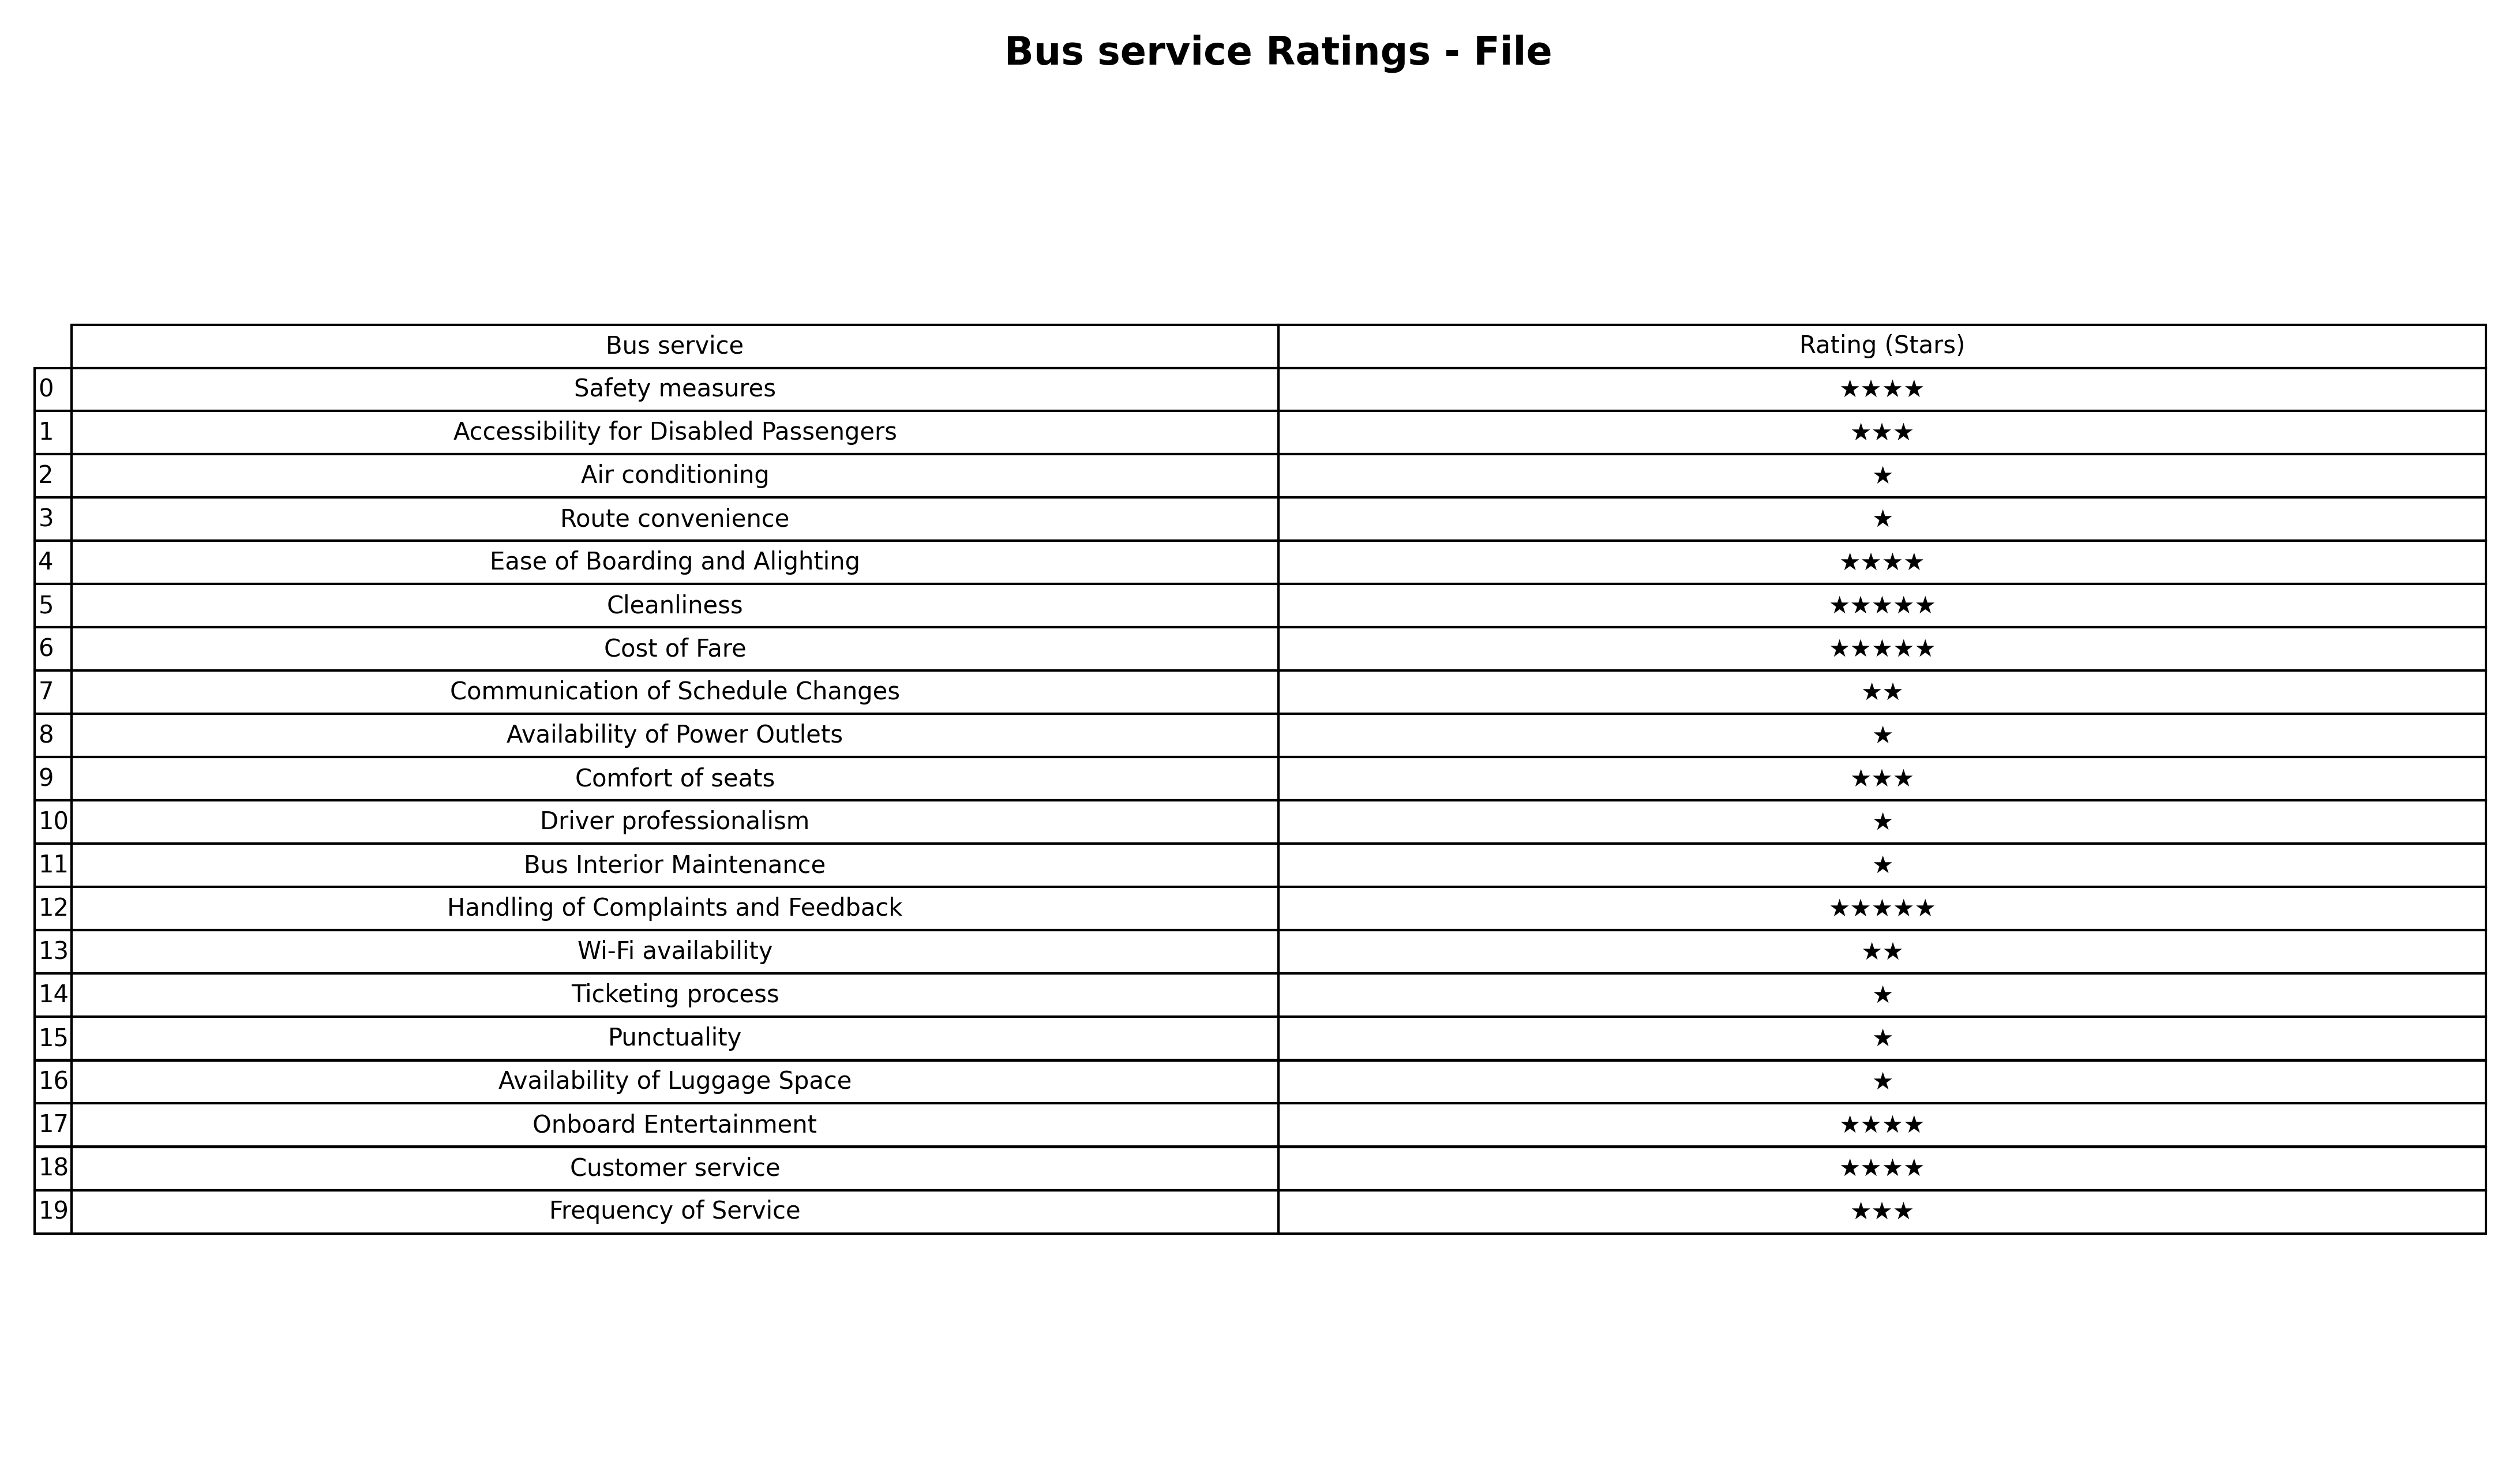
question: What is the rating of Air conditioning?
answer: ★